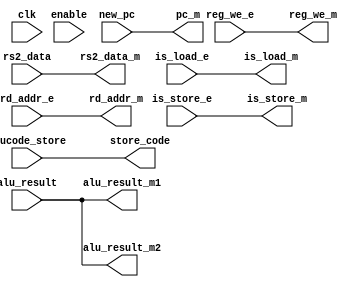
module M(input wire clk, input wire enable, input wire[31:0] new_pc,
// input wire [31:0] alu_result, input wire [31:0] rs2_data, 
// input wire is_load_e, input wire is_store_e, input wire [4:0] rd_addr_e,
// input wire reg_we_e, input wire [5:0] alucode_store,
// output wire [31:0] pc_m, output wire [31:0] alu_result_m1,
// output wire [4:0] rd_addr_m, output wire reg_we_m, output wire is_load_m, output wire is_store_m,
// output wire [31:0] alu_result_m2, output wire [31:0] rs2_data_m, output wire [5:0] store_code);
//     reg [31:0] reg_new_pc;
//     reg [31:0] reg_alu_result;
//     reg [31:0] reg_rs2_data;
//     reg reg_is_load;
//     reg reg_is_store;
//     reg [4:0] reg_rd_addr_e;
//     reg reg_reg_we_e;
//     reg [5:0] reg_store_code;

//     always @(posedge clk) begin
//         if (enable) begin
//             reg_new_pc <= new_pc;
//             reg_alu_result <= alu_result;
//             reg_rs2_data <= rs2_data;
//             reg_is_load <= is_load_e;
//             reg_is_store <= is_store_e;
//             reg_rd_addr_e <= rd_addr_e;
//             reg_reg_we_e <= reg_we_e;
//             reg_store_code <= alucode_store;
//             // $display("Memory");
//             // $display(reg_alu_result);
//             // $display(reg_rd_addr_e);
//         end
//     end
//     assign pc_m = reg_new_pc;
//     assign alu_result_m1 = reg_alu_result;
//     assign alu_result_m2 = reg_alu_result;
//     assign rd_addr_m = reg_rd_addr_e;
//     assign reg_we_m = reg_reg_we_e;
//     assign is_load_m = reg_is_load;
//     assign is_store_m = reg_is_store;
//     assign rs2_data_m = reg_rs2_data;
//     assign store_code = reg_store_code;
// endmodule
module M(input wire[31:0] new_pc,
input wire [31:0] alu_result, input wire [31:0] rs2_data, 
input wire is_load_e, input wire is_store_e, input wire [4:0] rd_addr_e,
input wire reg_we_e, input wire [5:0] alucode_store,
output wire [31:0] pc_m, output wire [31:0] alu_result_m1,
output wire [4:0] rd_addr_m, output wire reg_we_m, output wire is_load_m, output wire is_store_m,
output wire [31:0] alu_result_m2, output wire [31:0] rs2_data_m, output wire [5:0] store_code);

    assign pc_m = new_pc;
    assign alu_result_m1 = alu_result;
    assign alu_result_m2 = alu_result;
    assign rd_addr_m = rd_addr_e;
    assign reg_we_m = reg_we_e;
    assign is_load_m = is_load_e;
    assign is_store_m = is_store_e;
    assign rs2_data_m = rs2_data;
    assign store_code = alucode_store;
endmodule